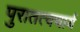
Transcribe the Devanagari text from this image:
पुरातत्वचार्य